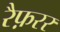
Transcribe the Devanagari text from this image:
रैफ़रर